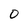
Character: O